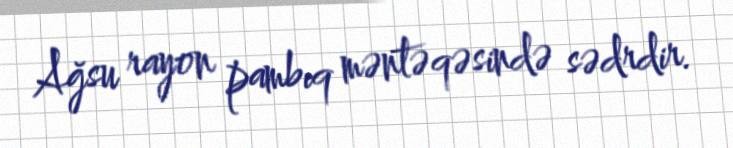
Ağsu rayon pambıq məntəqəsində sədrdir.